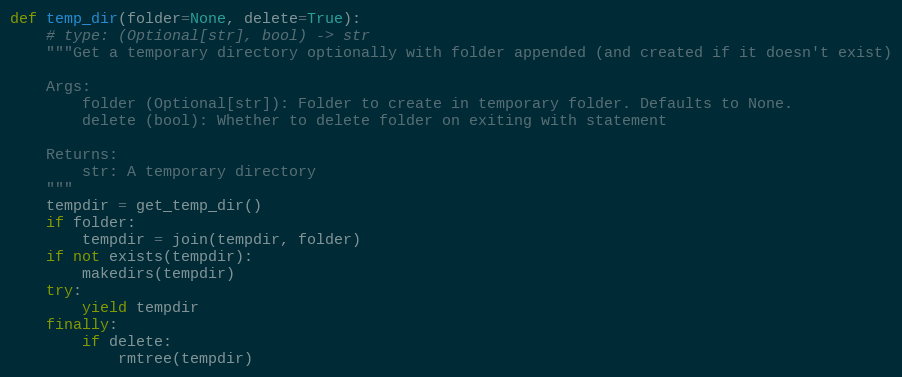
Language: Python
def temp_dir(folder=None, delete=True):
    # type: (Optional[str], bool) -> str
    """Get a temporary directory optionally with folder appended (and created if it doesn't exist)

    Args:
        folder (Optional[str]): Folder to create in temporary folder. Defaults to None.
        delete (bool): Whether to delete folder on exiting with statement

    Returns:
        str: A temporary directory
    """
    tempdir = get_temp_dir()
    if folder:
        tempdir = join(tempdir, folder)
    if not exists(tempdir):
        makedirs(tempdir)
    try:
        yield tempdir
    finally:
        if delete:
            rmtree(tempdir)